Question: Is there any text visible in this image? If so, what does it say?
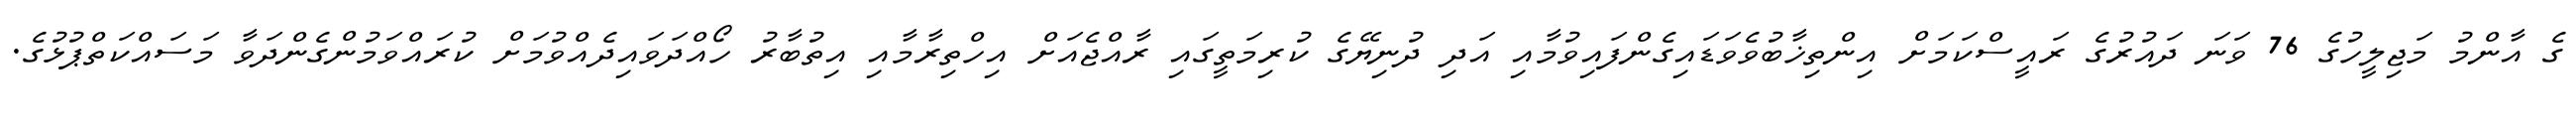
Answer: ގެ އާންމު މަޖިލީހުގެ 76 ވަނަ ދައުރުގެ ރައީސްކަމަށް އިންތިޚާބުވެވަޑައިގެންފައިވުމާއި އަދި ދުނިޔޭގެ ކުރިމަތީގައި ރާއްޖެއަށް އިހްތިރާމާއި އިތުބާރު ހޯއްދަވައިދެއްވުމަށް ކުރައްވަމުންގެންދަވާ މަސައްކަތްޕުޅުގެ.